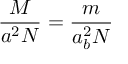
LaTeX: { \frac { M } { a ^ { 2 } N } } = { \frac { m } { a _ { b } ^ { 2 } N } }